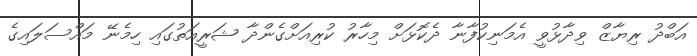
އަބްދު ރިޔާޒް ވިދާޅުވީ އެމަނިކުފާނާ ދެކޮޅަށް މިހާރު ކުރިއަށްގެންދާ ޝަރީއަތުގައި ހިމެނޭ މައްސަލައިގެ